Annual report of the Civil Veterinary Department, Bengal, for the year 1896-97 - 1896-1897
Year: 1896
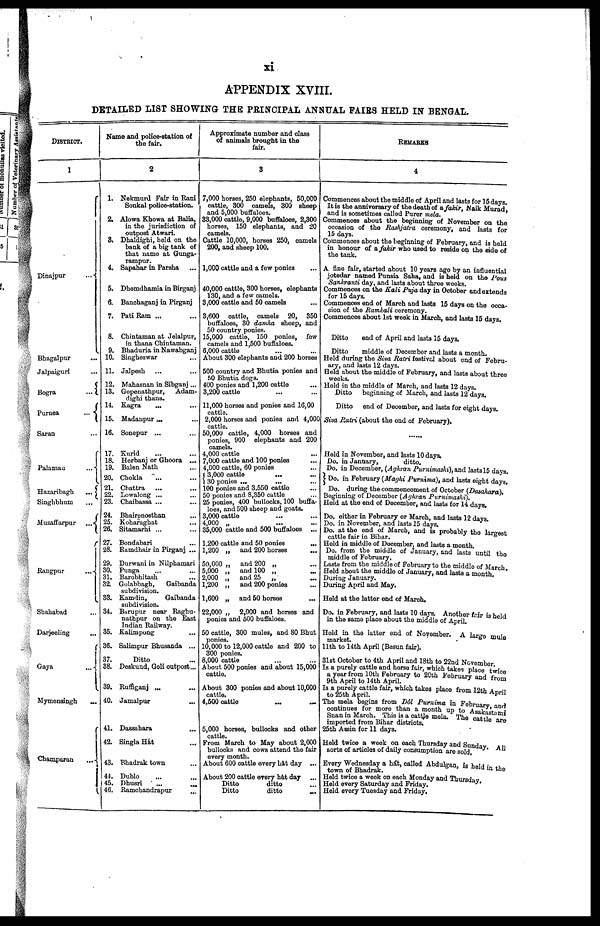
APPENDIX XVIII.
DETAILED LIST SHOWING THE PRINCIPAL ANNUAL FAIRS HELD IN BENGAL.
DISTRICT.
Dinajpur ...
Bhagalpur ...
Jalpaiguri ...
Bogra
...
Purnea
...
Saran ...
Palamau
...
Hazaribagh
...
Singhbhum ...
Singhbhum ...
Muzaffarpur
...
Rangpur ...
Sbahabad ...
Darjeeling
...
Gaya
...
Mymensingh
...
Champaran
...
Name and police-station of
the fair.
2
1. Nekmurd Fair in Rani
Sonkal police-station.
2. Alowa Khowa at Balia,
in the jurisdiction of
outpost Atwari.
3. Dhaldighi, held on the
bank of a big tank of
that name at Gunga-
rampur.
4. Sapahar in Parana ...
5. Dhemdhamia in Birganj
6. Banchaganj in Pirganj
7. Pati Ram ... ...
8. Chintaman at Jelalpur,
in thana Chintaman.
9. Bhaduria in Nawabganj
10. Singheswar ...
11. Jalpesh ... ...
12. Mahasnan in Sibganj ...
13. Gopenathpur,
Adam-
dighi thana.
14. Kagra
... ...
15. Madanpur ... ...
16. Sonepur ... ...
17. Kurid ... ...
18. Herbani or Ghoora ...
19. Balen Nath ...
20. Chokla ... ...
21. Chattra ... ...
22. Lowalong ... ...
23. Chaibassa ... ...
24. Bhaironosthan ...
25. Koharaghat ...
26. Sitamarhi ...
27. Bondabari ...
28. Ramdhair in Pirganj ...
29. Durwani in Nilphamari
30. Punga ... ...
31. Barobhitash ...
32. Golabbagb,
Gaibanda
subdivision.
33. Kamdin,
Gaibanda
subdivision.
34. Barupur near Raghu-
nathpur on the East
Indian Railway.
35. Kalimpong ...
36. Salimpur Bhusanda ...
37.
Ditto ...
38. Deskund, Goli outpost...
39. Ruffiganj ... ...
40. Jamalpur ...
41. Dassahara ...
42. Singla Hat ...
43. Bhadrak town ...
44. Dublo ... ...
45. Dhusri
...
...
46. Ramcbandrapur ...
Approximate number and class
of animals brought in the
fair.
3
7,000 horses. 250 eiophants, 50,000
cattle, 300 camels, 300 sheep
and 5,000 buffaloes.
33,000 cattle, 9,000 buffaloes, 2,300
horses, 150 elephants, and 20
camels.
Cattle 10,000, horses 250, camels
200, and sheep 100.
1,000 cattle and a few ponies ...
40,000 cattle, 800 horses, elephants
130, and a few camels.
3,000 cattle and 50 camels ...
3,600 cattle, camels 20, 350
buffaloes, 30 damha sheep, and
50 country ponies.
15,000 cattle, 150 ponies, few
camels and 1,500 buflaloes.
6,000 cattle ... ...
About 300 elephants and 200 horses
500 country and Bhutia ponies and
60 Bhutia dogs.
400 ponies and 1,200 cattle ...
3,200 cattle ... ...
11,000 horses and ponies and 16,00
cattle.
2,000 horses and ponies and 4,000
cattle.
50,000 cattle, 4,000 horses and
ponies, 900 elephants and 200
camels.
4,000 cattle ...
7,000 cattle and 100 ponies ...
4,000 cattle, 60 ponies ...
3,000 cattle ... ...
30 ponies ... ... ...
100 ponies and 3,550 cattle ...
50 ponies and 8,350 cattle ...
25 ponies, 400 bullocks, 100 buffa-
loes, and 500 sheep and goats.
3,000 cattle ... ...
4,000 „
...
...
35,000 cattle and 500 buffaloes ...
1.200 cattle and 50 ponies
...
1,200 „ and 200 horses ...
50,000 „ and 200 „ ...
5,000 „ and 100 „
...
2,000 „ and 25 „ ...
1,200 „ and 200 ponies ...
1,600 „ and 50 horses ...
22,000 „ 2,000 and horses and
ponies and 600 buffaloes.
50 cattle, 300 mules, and 80 Bhut
ponies.
10,000 to 12,000 cattle and 200 to
300 ponies.
8,000 cattle
About 500 ponies and about 15,000
cattle.
About 300 ponies and about 10,000
cattle.
4,500
cattle
...
...
5,000 horses, bullocks and other
cattle.
From March to May about 2,000
bullocks and cows attend the fair
every month.
About 600 cattle every hat day ...
About 200 cattle every hat day ...
Ditto
ditto ...
Ditto
ditto ...
REMARKS.
4
Commences about the middle of April and lasts for 15 days
It is the anniversary of the death of a fakir, Naik Murad,
and is sometimes called Purer mela.
Commences about the beginning of November on the
occasion of the Rashjatra ceremony, and lasts for
15 days.
Commences about the beginning of February, and is held
in honour of a fakir who used to reside on the side of
the tank.
A fine fair, started about 10 years ago by an influential
jotedar named Punsia Saha, and is held on the Pous
Sankranti day, and lasts about throe weeks.
Commonces on the Kali Puja day in October and extends
for 15 days.
Commences end of March and lasts 15 days on the occa-
sion of the Ramkali ceremony.
Commences about 1st week in March, and lasts 15 days.
Ditto
end of April and lasts 15 days.
Ditto
middle of December and lasts a month.
Held during the Siva Ratri festival about ond of Febru-
ary, and lasts 12 days.
Held about the middle of February, and lasts about three
weeks.
Hold in the middle of March, and lasts 12 days.
Ditto beginning of March, and lasts 12 days.
Ditto end of December, and lasts for eight days.
Siva Ratri (about the end of February).
Held in November, and lasts 10 days.
Do. in January,
ditto.
Do. in December, (Aghran Purnimashi), and lasts 15 days.
Do. in February (Maghi Purnima), and lasts eight days.
Do. during the commencement of October (Dasahara).
Beginning of December (Aghran Purnimashi).
Held at the end of December, and lasts for 14 days.
Do. either in February or March, and lasts 12 days
Do. in November, and lasts 15 days.
Do. at the end of March, and is probably the West
cattle fair in Bihar.
Held in middle of December, and lasts a month.
Do. from the middle of January, and lasts until the
middle of February.
Lasts from the middle of February to the middle of March
Held about the middle of January, and lasta a
month.
During January.
During April and May.
Held at the latter end of March.
Do. in February, and lasts 10 days. Another feir is held
in the same place about the middle of April.
Hold in the latter end of November. A large mule
market.
11th to 14th April (Besun fair).
31st October to 4th April and 18th to 22nd November
Is a purely cattle and horse fair, which takes place twice
a year from 10th February to 20th February and from
9th April to 14th April.
Is a purely cattle fair, which takes place from 12th April
to 25th April.
The mela begins from Dôl Purnima in February, and
continues for more than a month up to Asakastami
Snan in March. This is a cattle mela. The cattle are
imported from Bihar districts.
25th Assin for 11 days.
Held twice a week on each Thursday and Sunday. All
sorts of articles of daily consumption are sold
Every Wednesday a hát, called Abdulgan, is held in the
town of Bhadrak.
Held twice a week on each Monday and Thursday
Held every Saturday and Friday.
Held every Tuesday and Friday.